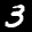
Label: 3